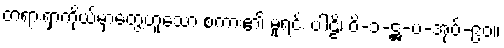
တရားရှာကိုယ်မှာတွေ့ဟူသော စကား၏ မူရင်း ပါဠိ၊ ဝိ-၁-ဋ္ဌ-ပ-အုပ်-၉၀။